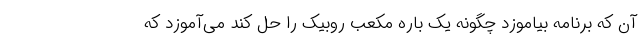
آن که برنامه بیاموزد چگونه یک باره مکعب روبیک را حل کند می‌آموزد که